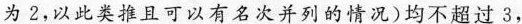
为2，以此类推且可以有名次并列的情况)均不超过3，